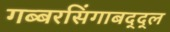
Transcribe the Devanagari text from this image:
गब्बरसिंगाबद्द्ल